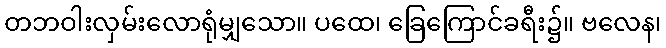
တဘဝါးလှမ်းလောရုံမျှသော။ ပထေ၊ ခြေကြောင်ခရီး၌။ ဗလေန၊